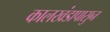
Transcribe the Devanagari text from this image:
कालखंडापासुन